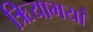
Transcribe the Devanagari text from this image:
ऋियाभयां